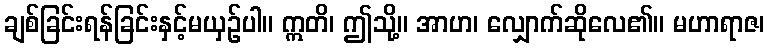
ချစ်ခြင်းရန်ခြင်းနှင့်မယှဉ်ပါ။ ဣတိ၊ ဤသို့။ အာဟ၊ လျှောက်ဆိုလေ၏။ မဟာရာဇ၊